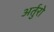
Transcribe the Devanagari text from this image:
अर्तुरो